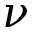
\nu